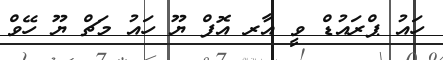
ހައު ޕްރައުޑް ވީ އާރ އޮފް ޔޫ ހައު މަޗް ޔޫ ހޭވް